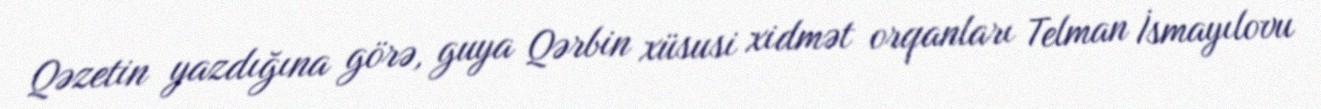
Qəzetin yazdığına görə, guya Qərbin xüsusi xidmət orqanları Telman İsmayılovu